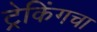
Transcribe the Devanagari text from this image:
ट्रेकिंगचा